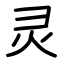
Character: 灵